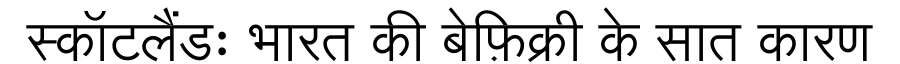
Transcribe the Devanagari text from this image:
स्कॉटलैंडः भारत की बेफ़िक्री के सात कारण